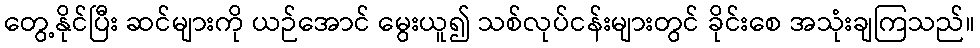
တွေ့နိုင်ပြီး ဆင်များကို ယဉ်အောင် မွေးယူ၍ သစ်လုပ်ငန်းများတွင် ခိုင်းစေ အသုံးချကြသည်။